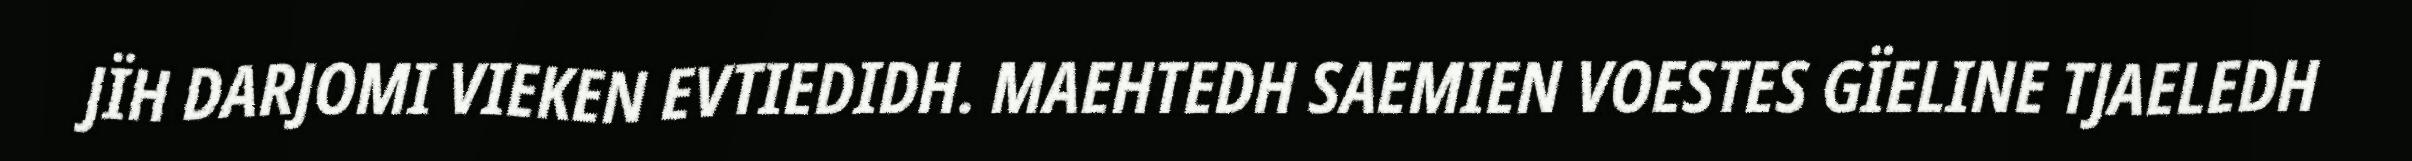
JÏH DARJOMI VIEKEN EVTIEDIDH. MAEHTEDH SAEMIEN VOESTES GÏELINE TJAELEDH